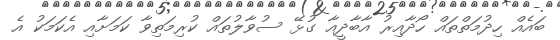
ބައެއް ހިދުމަތްތައް ހޯދާއިރު އާބާދީއާ ގުޅޭ ސުވާލުތައް ކުރިމަތިވާ ކަމަށާއި އެކަމަކު އެ